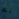
له